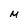
Character: M